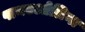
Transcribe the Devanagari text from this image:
पानएओलिना